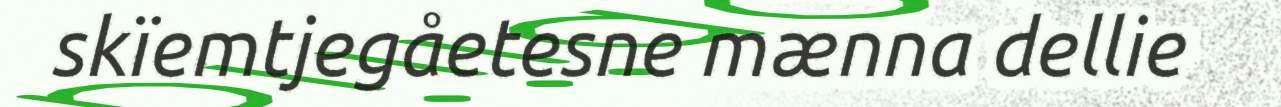
skïemtjegåetesne mænna dellie